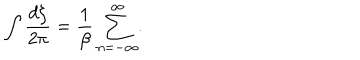
\int { \frac { d \zeta } { 2 \pi } } = { \frac { 1 } { \beta } } \sum _ { n = - \infty } ^ { \infty } .